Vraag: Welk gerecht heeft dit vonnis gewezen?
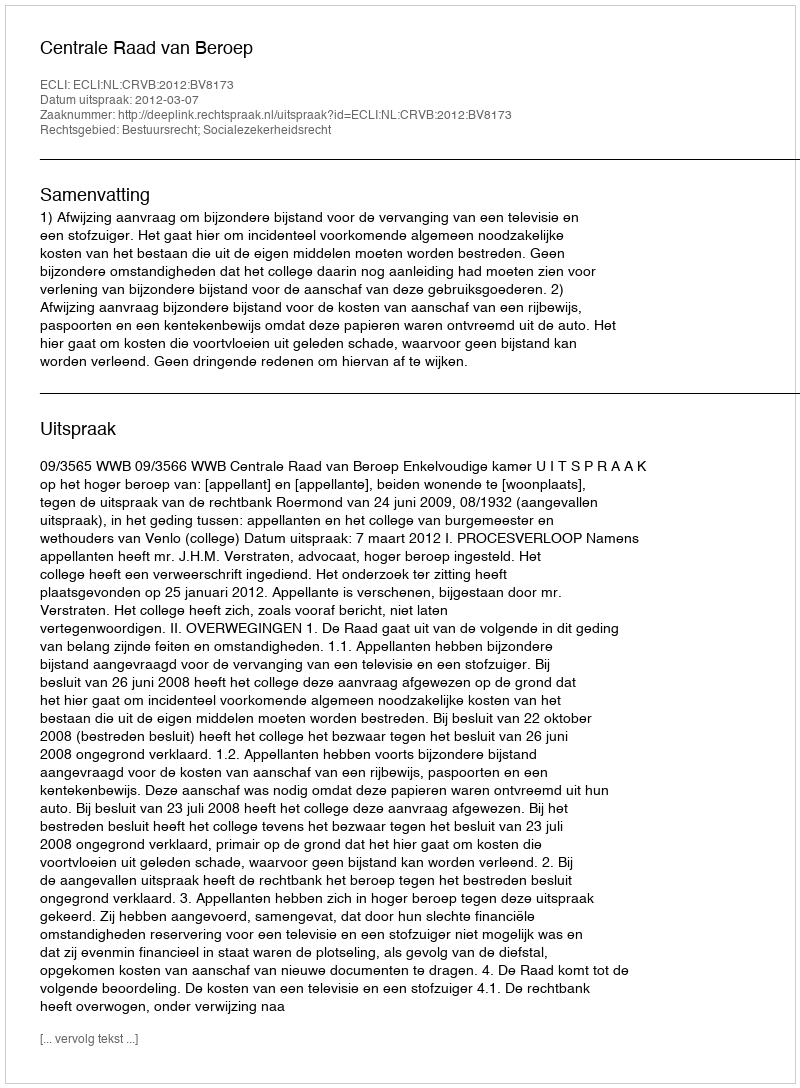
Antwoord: Centrale Raad van Beroep